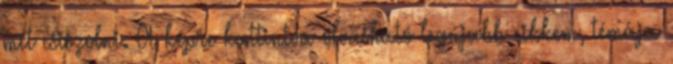
mit csiszolni. A képre kattintva olvasható legújabb cikkem, témája